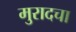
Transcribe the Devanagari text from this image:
मुरादचा